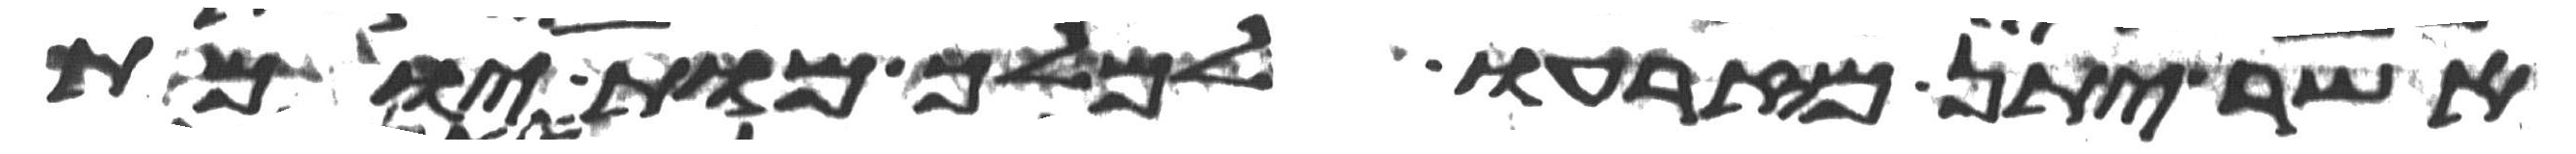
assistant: אשר יתן מזרעו למלך מות יומת